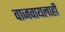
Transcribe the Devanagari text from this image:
वाजवायलाही